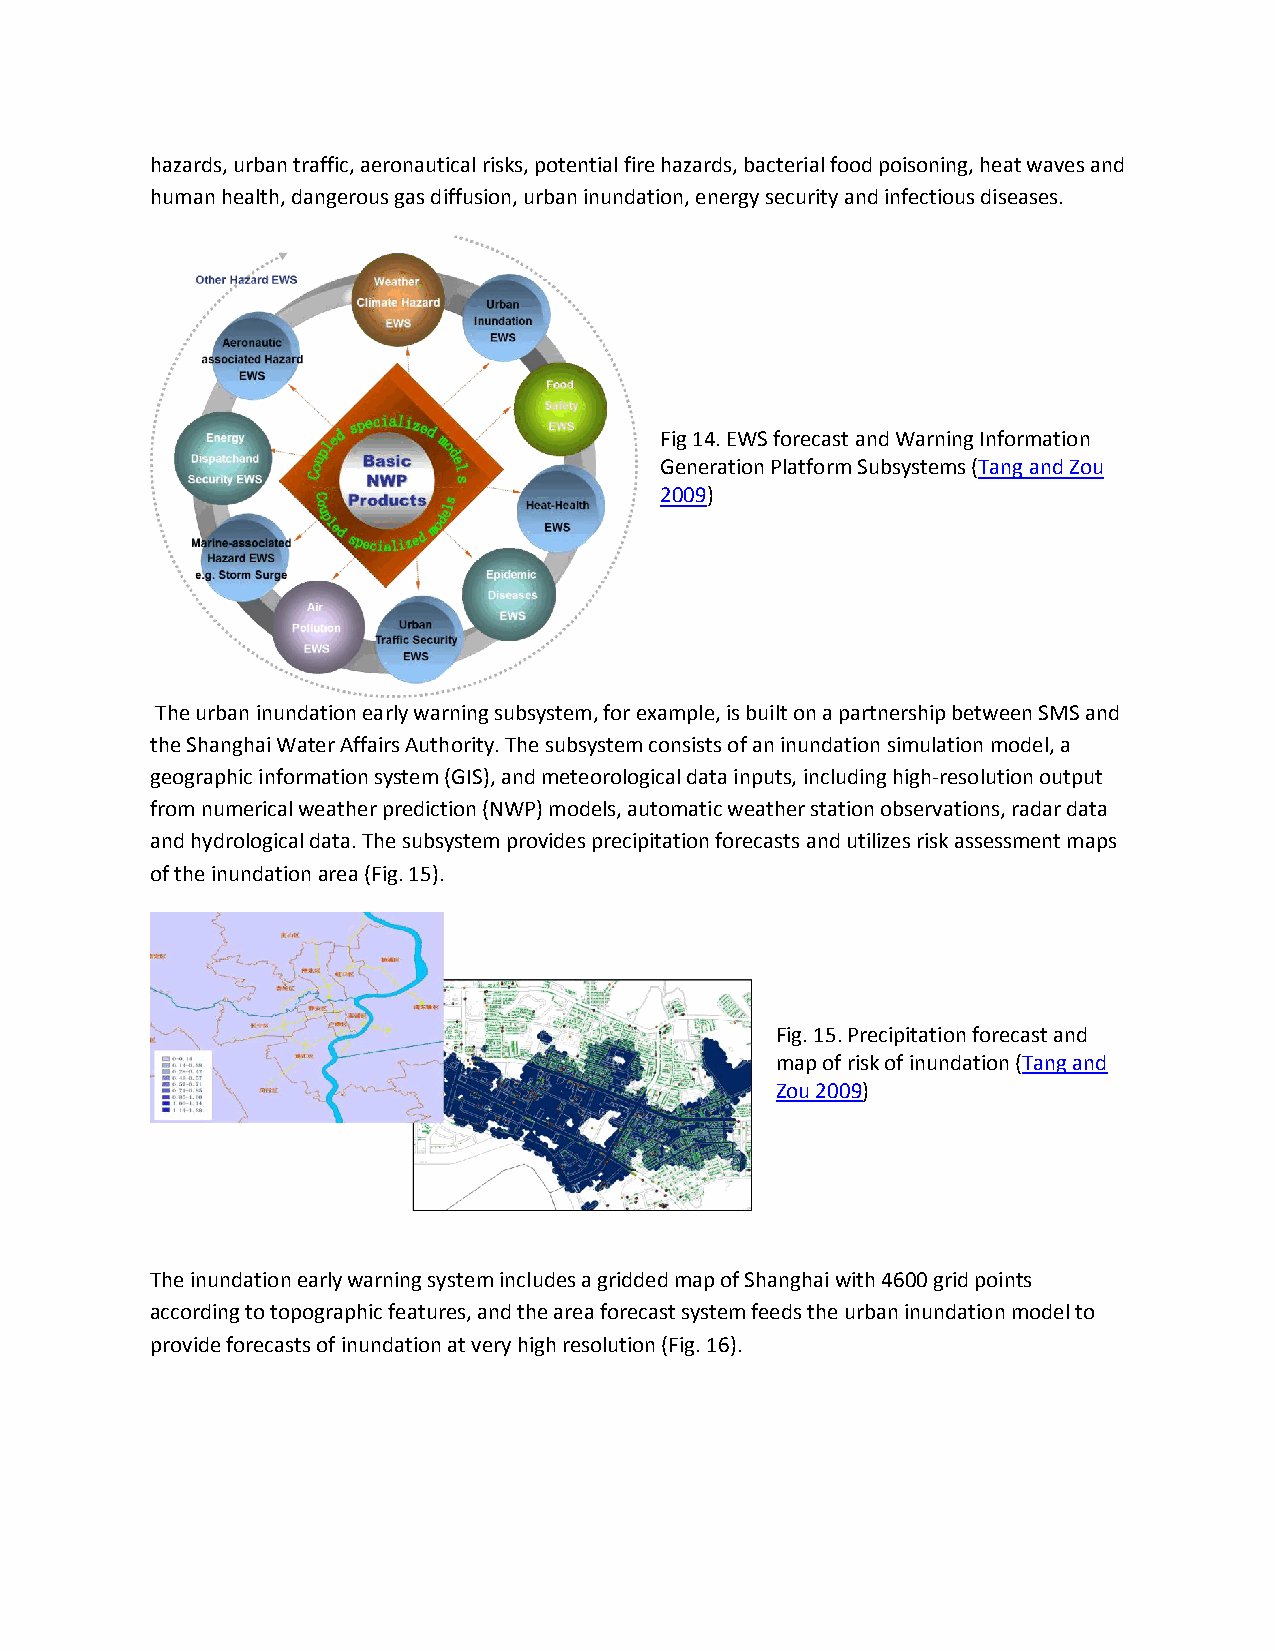
hazards, urban traffic, aeronautical risks, potential fire hazards, bacterial food poisoning, heat waves and
 human health, dangerous gas diffusion, urban inundation, energy security and infectious diseases.
 Fig 14. EWS forecast and Warning Information
 Generation Platform Subsystems (Tang and Zou
 2009)
 The urban inundation early warning subsystem, for example, is built on a partnership between SMS and
 the Shanghai Water Affairs Authority. The subsystem consists of an inundation simulation model, a
 geographic information system (GIS), and meteorological data inputs, including high-resolution output
 from numerical weather prediction (NWP) models, automatic weather station observations, radar data
 and hydrological data. The subsystem provides precipitation forecasts and utilizes risk assessment maps
 of the inundation area (Fig. 15).
 Fig. 15. Precipitation forecast and
 map of risk of inundation (Tang and
 Zou 2009)
 The inundation early warning system includes a gridded map of Shanghai with 4600 grid points
 according to topographic features, and the area forecast system feeds the urban inundation model to
 provide forecasts of inundation at very high resolution (Fig. 16).